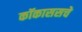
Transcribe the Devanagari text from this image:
कॉकाससचे